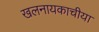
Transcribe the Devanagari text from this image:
खलनायकाचीया